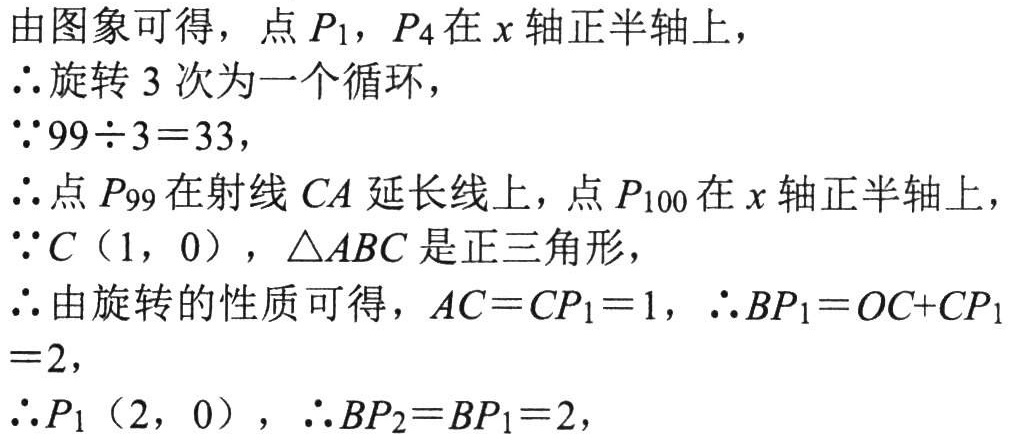
由图象可得，点\(P_1\)，\(P_4\)在\(x\)轴正半轴上，

\(\therefore\)旋转\(3\)次为一个循环，

\(\because 99\div 3 = 33\)，

\(\therefore\)点\(P_{99}\)在射线\(CA\)延长线上，点\(P_{100}\)在\(x\)轴正半轴上，

\(\because C(1,0)\)，\(\triangle ABC\)是正三角形，

\(\therefore\)由旋转的性质可得，\(AC = CP_1 = 1\)，\(\therefore BP_1 = OC + CP_1 = 2\)，

\(\therefore P_1(2,0)\)，\(\therefore BP_2 = BP_1 = 2\)，